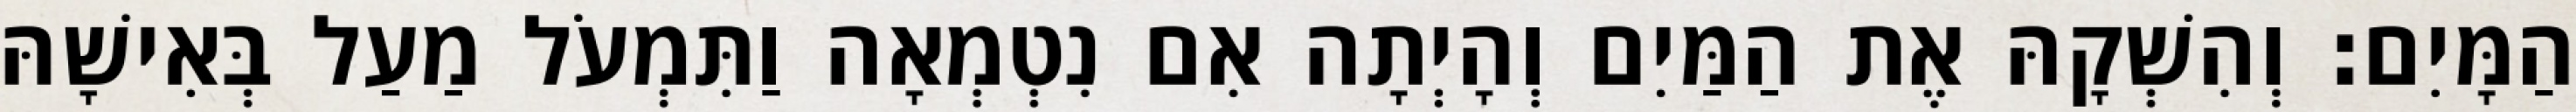
הַמָּיִם׃ וְהִשְׁקָהּ אֶת הַמַּיִם וְהָיְתָה אִם נִטְמְאָה וַתִּמְעֹל מַעַל בְּאִישָׁהּ